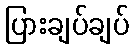
ပြားချပ်ချပ်